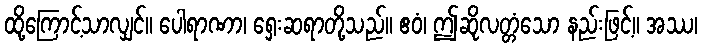
ထို့ကြောင့်သာလျှင်။ ပေါရာဏာ၊ ရှေးဆရာတို့သည်။ ဧဝံ၊ ဤဆိုလတ္တံသော နည်းဖြင့်။ အဿ၊